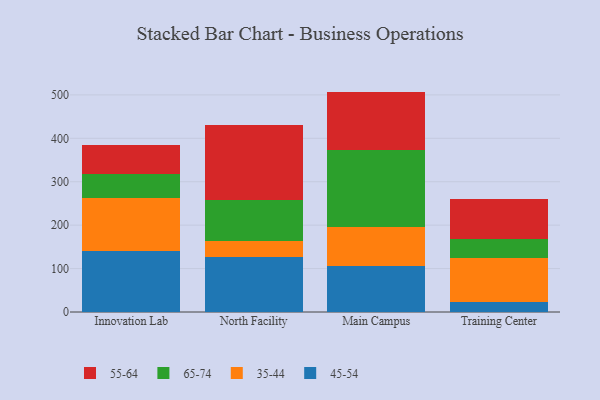
{"axis": {"x": "Campus", "y": "Operating Costs (USD K)"}, "legend": ["35-44", "45-54", "55-64", "65-74"], "data": [{"x": "Innovation Lab", "y": 139.6, "type": "45-54"}, {"x": "Innovation Lab", "y": 123.8, "type": "35-44"}, {"x": "Innovation Lab", "y": 54.3, "type": "65-74"}, {"x": "Innovation Lab", "y": 66.6, "type": "55-64"}, {"x": "North Facility", "y": 125.6, "type": "45-54"}, {"x": "North Facility", "y": 38.6, "type": "35-44"}, {"x": "North Facility", "y": 92.8, "type": "65-74"}, {"x": "North Facility", "y": 173.3, "type": "55-64"}, {"x": "Main Campus", "y": 105.9, "type": "45-54"}, {"x": "Main Campus", "y": 89.5, "type": "35-44"}, {"x": "Main Campus", "y": 177.5, "type": "65-74"}, {"x": "Main Campus", "y": 134.7, "type": "55-64"}, {"x": "Training Center", "y": 23.8, "type": "45-54"}, {"x": "Training Center", "y": 100.6, "type": "35-44"}, {"x": "Training Center", "y": 43.8, "type": "65-74"}, {"x": "Training Center", "y": 92.6, "type": "55-64"}]}